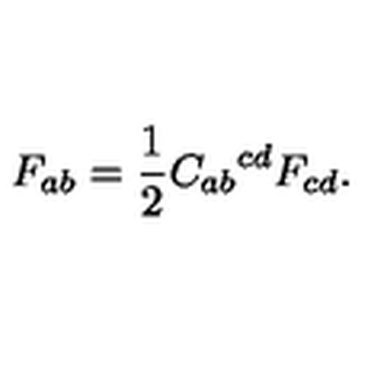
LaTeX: F _ { a b } = \frac 1 2 { C _ { a b } } ^ { c d } F _ { c d } .